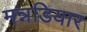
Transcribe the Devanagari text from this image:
मन्नडियार